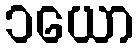
၁ယော